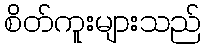
စိတ်ကူးများသည်